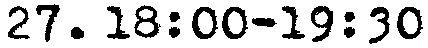
27. 18:00-19:30